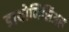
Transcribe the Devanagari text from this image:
डायोनिसिअस